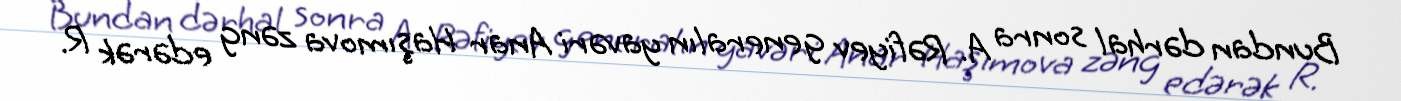
Bundan dərhal sonra A. Rəfiyev generalın yavəri Anar Haşımova zəng edərək R.